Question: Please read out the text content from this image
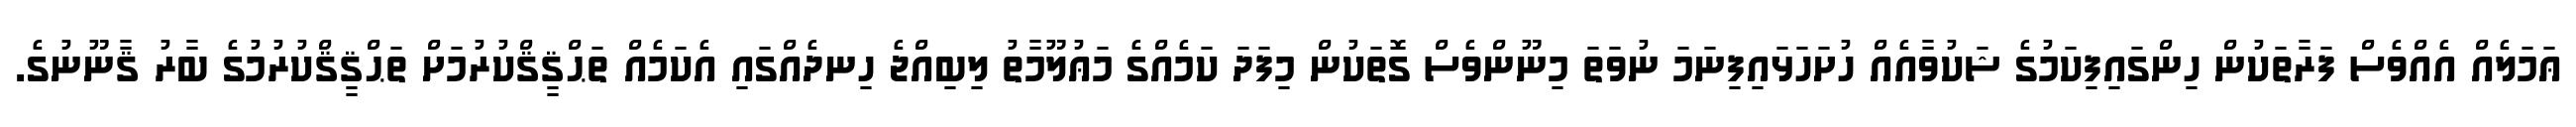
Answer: ޢަމަލެއް އެއްވެސް ފަރާތަކުން ހިންގައިފިކަމުގެ ޝަކުވާއެއް ހުށަހަޅައިފިނަމަ ނުވަތަ މިނޫންވެސް ގޮތަކުން މިފަދަ ކަމެއްގެ މަޢުލޫމާތު ލިބިއްޖެ ހިނދެއްގައި އެކަމެއް ތަޙްޤީޤްކުރުމަށް ތަޙްޤީޤްކުރުމުގެ ބާރު ޤާނޫނުގެ.